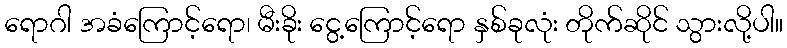
ရောဂါ အခံကြောင့်ရော၊ မီးခိုး ငွေ့ကြောင့်ရော နှစ်ခုလုံး တိုက်ဆိုင် သွားလို့ပါ။